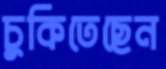
চুকিতেছেন